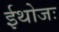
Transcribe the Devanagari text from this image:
ईथोजः